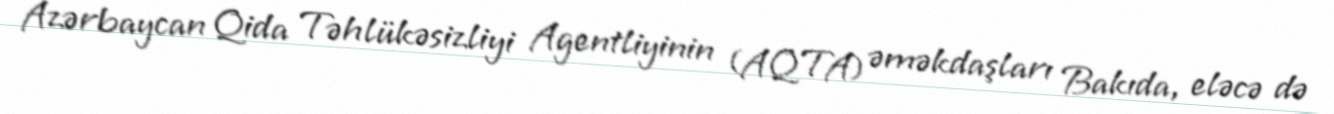
Azərbaycan Qida Təhlükəsizliyi Agentliyinin (AQTA) əməkdaşları Bakıda, eləcə də